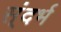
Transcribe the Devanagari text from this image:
स्ंदर्भ